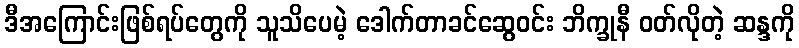
ဒီအကြောင်းဖြစ်ရပ်တွေကို သူသိပေမဲ့ ဒေါက်တာခင်ဆွေဝင်း ဘိက္ခုနီ ဝတ်လိုတဲ့ ဆန္ဒကို